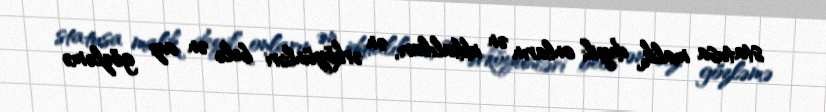
statusa malik deyil; onların ən iddialıları, ən ərköyünləri belə ən azı gözləmə